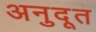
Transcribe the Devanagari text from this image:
अनुदूत